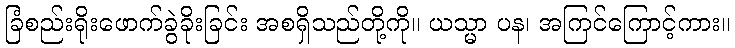
ခြံစည်းရိုးဖောက်ခွဲခိုးခြင်း အစရှိသည်တို့ကို။ ယသ္မာ ပန၊ အကြင်ကြောင့်ကား။